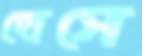
হোসে